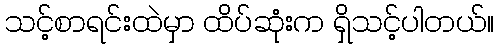
သင့်စာရင်းထဲမှာ ထိပ်ဆုံးက ရှိသင့်ပါတယ်။